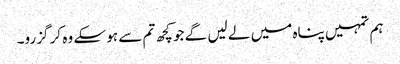
ہم تمہیں پناہ میں لے لیں گے جو کچھ تم سے ہو سکے وہ کر گزرو۔